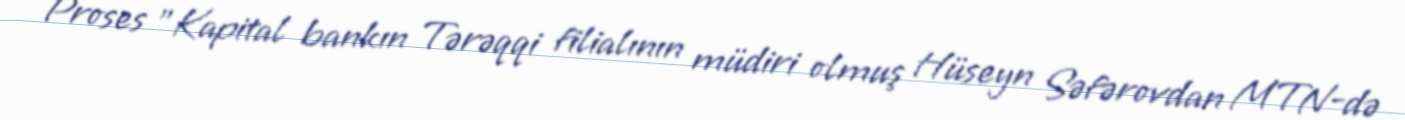
Proses "Kapital bankın Tərəqqi filialının müdiri olmuş Hüseyn Səfərovdan MTN-də